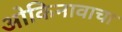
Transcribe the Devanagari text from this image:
ओकिनावाचा